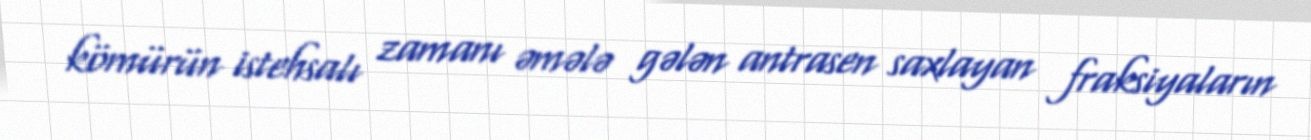
kömürün istehsalı zamanı əmələ gələn antrasen saxlayan fraksiyaların